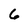
Character: 6